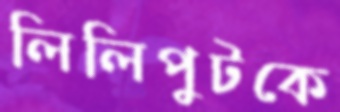
লিলিপুটকে